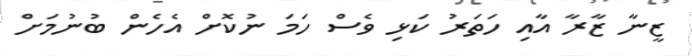
ޒީނާ ޒާރާ އާއި ހަތަރު ކަޅި ވެސް ހަމަ ނުކޮށް އެހެން ބުނުމަށް